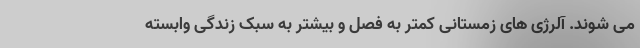
می شوند. آلرژی های زمستانی کمتر به فصل و بیشتر به سبک زندگی وابسته